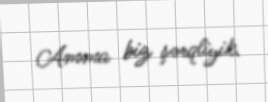
Amma biz şərqliyik.